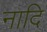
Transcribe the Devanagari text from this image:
नादि